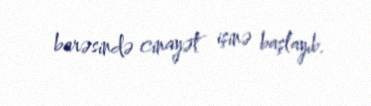
barəsində cinayət işinə başlayıb.